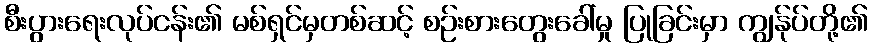
စီးပွားရေးလုပ်ငန်း၏ မစ်ရှင်မှတစ်ဆင့် စဉ်းစားတွေးခေါ်မှု ပြုခြင်းမှာ ကျွန်ုပ်တို့၏